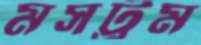
মসট্রম